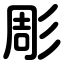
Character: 彫